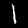
Label: 1